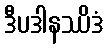
ဒီပဒါနဿိဒံ